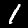
Digit: 1